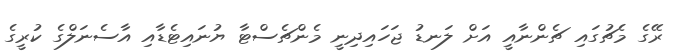
ރޭގެ މެޗުގައި ޗެންނާއީ އަށް ލަނޑު ޖަހައިދިނީ މެންޗެސްޓާ ޔުނައިޓެޑާއި އާސެނަލްގެ ކުރީގެ